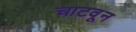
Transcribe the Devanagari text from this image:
चाटवून